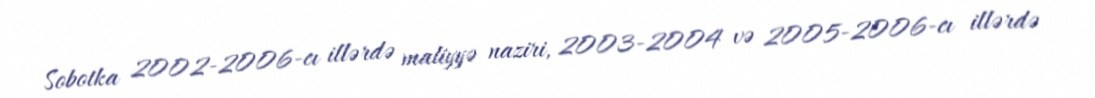
Sobotka 2002-2006-cı illərdə maliyyə naziri, 2003-2004 və 2005-2006-cı illərdə